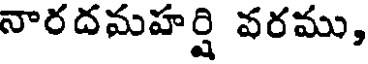
నారదమహర్షి వరము,